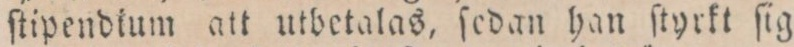
ſtipendium att utbetalas, ſedan han ſtyrkt ſig